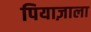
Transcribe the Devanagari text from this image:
पियाज़ाला